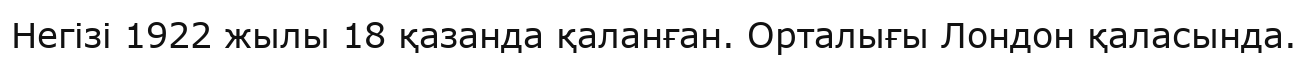
Негізі 1922 жылы 18 қазанда қаланған. Орталығы Лондон қаласында.